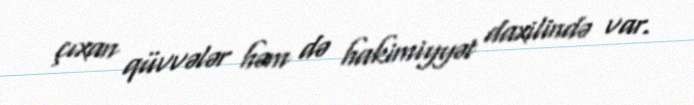
çıxan qüvvələr həm də hakimiyyət daxilində var.